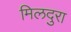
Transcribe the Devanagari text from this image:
मिलदुरा